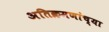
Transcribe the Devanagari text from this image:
अतिक्रमणांच्या